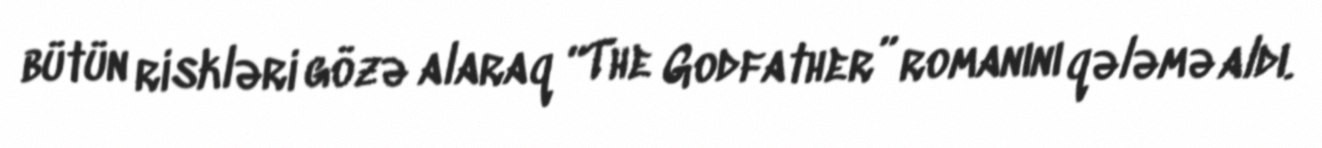
bütün riskləri gözə alaraq “The Godfather” romanını qələmə aldı.